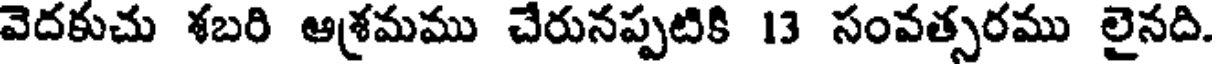
వెదకుచు శబరి ఆశ్రమము చేరునప్పటికి 13 సంవత్సరము లైనది.